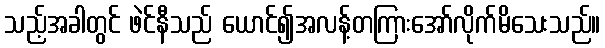
သည့်အခါတွင် ဖဲင်နီသည် ယောင်၍အလန့်တကြားအော်လိုက်မိသေးသည်။